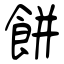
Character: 餠